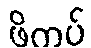
ဖိကပ်